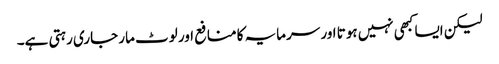
لیکن ایسا کبھی نہیں ہوتا اور سرمایہ کا منافع اور لوٹ مار جاری رہتی ہے۔